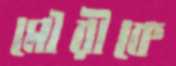
মৌরীকে